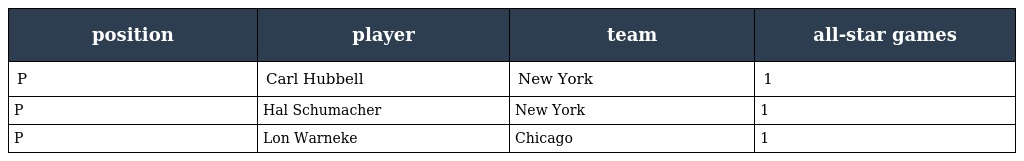
| position | player | team | all-star games |
 | --- | --- | --- | --- |
 | P | Carl Hubbell | New York | 1 |
 | P | Hal Schumacher | New York | 1 |
 | P | Lon Warneke | Chicago | 1 |